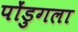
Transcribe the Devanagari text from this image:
पोंडुगला